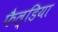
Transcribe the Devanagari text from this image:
फैल्डिया